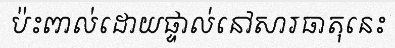
ប៉ះពាល់ដោយផ្ទាល់នៅសារធាតុនេះ